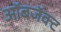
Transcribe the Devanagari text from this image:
ऑबजॅक्ट